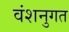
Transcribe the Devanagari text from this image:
वंशनुगत